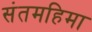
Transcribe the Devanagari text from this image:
संतमहिमा